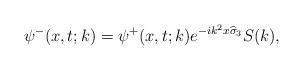
LaTeX: \begin{align*}\psi^-(x,t;k)=\psi^+(x,t;k)e^{-ik^2x\widehat{\sigma}_3}S(k),\end{align*}